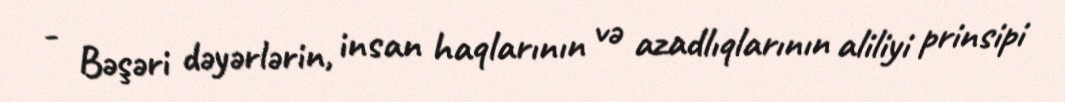
- Bəşəri dəyərlərin, insan haqlarının və azadlıqlarının aliliyi prinsipi